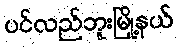
ပင်လည်ဘူးမြို့နယ်